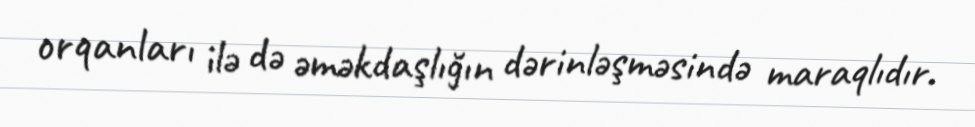
orqanları ilə də əməkdaşlığın dərinləşməsində maraqlıdır.